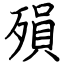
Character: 殞